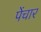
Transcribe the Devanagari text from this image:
पेंचार